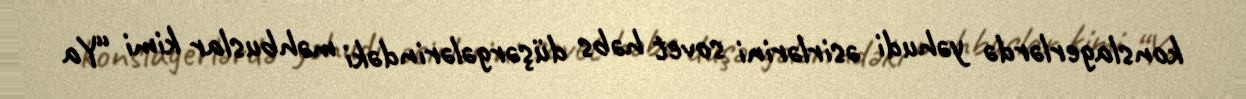
konslagerlərdə yəhudi əsirlərini sovet həbs düşərgələrindəki məhbuslar kimi “Ya